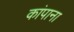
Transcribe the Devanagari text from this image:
कांपाना